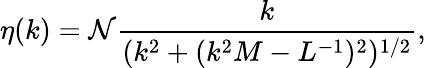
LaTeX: \eta(k)={\cal N}\frac{k}{(k^{2}+(k^{2}M-L^{-1})^{2})^{1/2}},